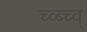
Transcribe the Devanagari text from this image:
च्व्ब्च्व्